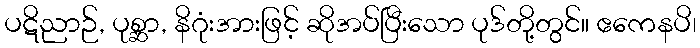
ပဋိညာဉ်, ပုစ္ဆာ, နိဂုံးအားဖြင့် ဆိုအပ်ပြီးသော ပုဒ်တို့တွင်။ ဧကေနပိ၊